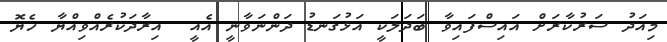
މިއަދު ސަރުކާރަށް އައިސްފައިވާ ބަދަލަކީ އަޅުގަނޑު ދަންނަވާނީ އެއީ  އިރާދަކުރެއްވިއްޔާ ހެޔޮ